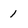
Character: 1